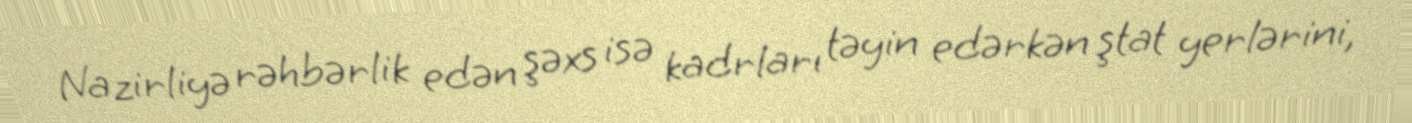
Nazirliyə rəhbərlik edən şəxs isə kadrları təyin edərkən ştat yerlərini,